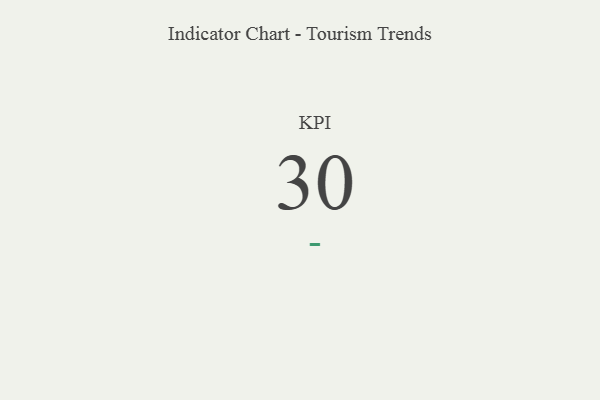
{"axis": {"x": "KPI", "y": "Value"}, "legend": [""], "data": [{"x": "KPI", "y": 30, "type": ""}]}